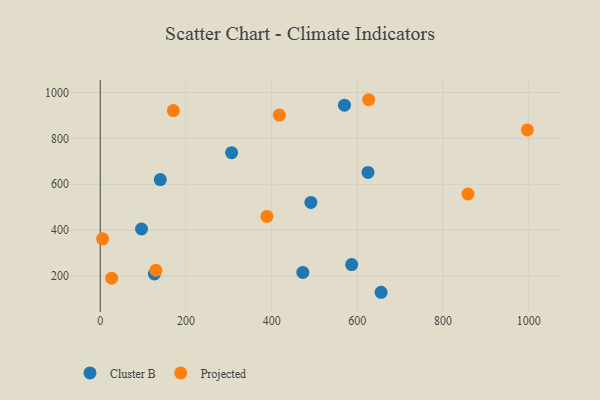
{"axis": {"x": "Price", "y": "Salary"}, "legend": ["Cluster B", "Projected"], "data": [{"x": "624.9", "y": 651.5, "type": "Cluster B"}, {"x": "126.4", "y": 209.0, "type": "Cluster B"}, {"x": "472.8", "y": 215.6, "type": "Cluster B"}, {"x": "586.8", "y": 250.1, "type": "Cluster B"}, {"x": "491.6", "y": 520.7, "type": "Cluster B"}, {"x": "96.4", "y": 405.1, "type": "Cluster B"}, {"x": "655.4", "y": 129.3, "type": "Cluster B"}, {"x": "569.9", "y": 944.6, "type": "Cluster B"}, {"x": "306.6", "y": 737.4, "type": "Cluster B"}, {"x": "140.2", "y": 620.3, "type": "Cluster B"}, {"x": "626.5", "y": 968.3, "type": "Projected"}, {"x": "858.2", "y": 557.5, "type": "Projected"}, {"x": "5.6", "y": 362.4, "type": "Projected"}, {"x": "129.8", "y": 225.2, "type": "Projected"}, {"x": "389.0", "y": 460.0, "type": "Projected"}, {"x": "26.7", "y": 190.9, "type": "Projected"}, {"x": "996.8", "y": 836.8, "type": "Projected"}, {"x": "417.9", "y": 901.6, "type": "Projected"}, {"x": "170.7", "y": 921.2, "type": "Projected"}]}